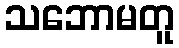
သဘောမတူ